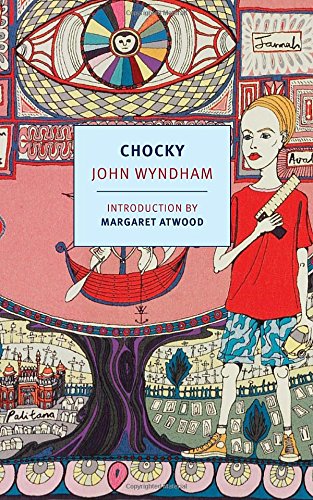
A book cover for Chocky; John Wyndham; Science Fiction & Fantasy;